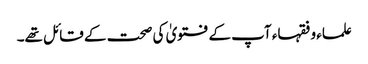
علماء و فقہاء آپ کے فتویٰ کی صحت کے قائل تھے۔